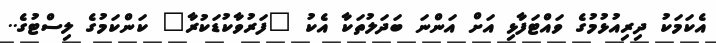
އެކަމަކު ދިރިއުޅުމުގެ ވައްޓަފާޅި އަށް އަންނަ ބަދަލުތަކާ އެކު "ފަރުވާކުޑަކުރާ" ކަންކަމުގެ ލިސްޓުގެ..